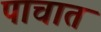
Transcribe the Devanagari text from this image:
पाचात